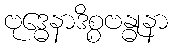
ဗုဒ္ဓေနာဒိစ္စဗန္ဓုနာ